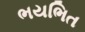
ભયભિત